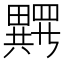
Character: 𱱂